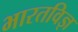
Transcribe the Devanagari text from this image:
भारतविज्ञ